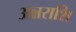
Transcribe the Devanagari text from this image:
अन्नराशि